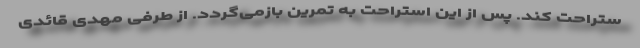
ستراحت کند. پس از این استراحت به تمرین بازمی‌گردد. از طرفی مهدی قائدی